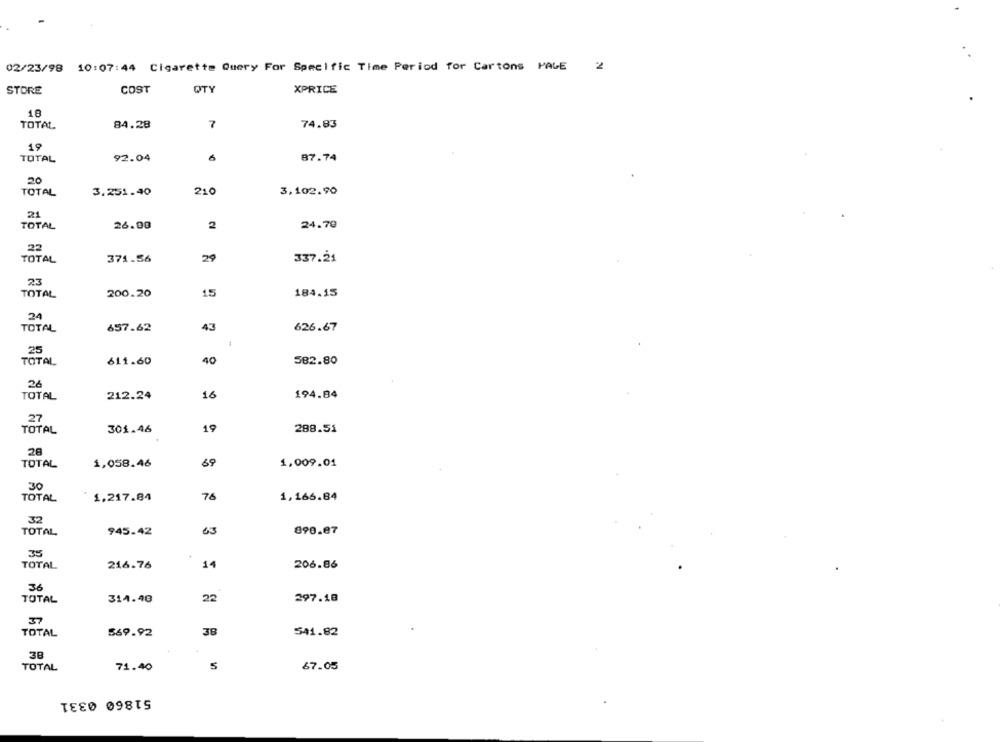
02/23/98 10:07:44 Cigarette Query For Specific Time Period for Cartons PALE 2
STORE
COST
QTY
XPRICE
18
TOTAL
84.28
7
74.83
19
TOTAL
92.04
6
87.74
20
TOTAL
3.251.40
210
3.102.90
21
TOTAL
26.00
2
24.70
22
TOTAL
371.56
29
337.21
23
TOTAL
200.20
15
184.15
24
43
TOTAL
657.62
626.67
25
TOTAL
611.60
40
582.80
26
16
TOTAL
212.24
194.84
27
TOTAL
301.46
19
288.51
28
TOTAL
1.058.46
69
1.009.01
30
1.217.84
76
1,166.84
TOTAL
32
TOTAL
945.42
63
890.87
35
TOTAL
216.76
14
206.86
36
TOTAL
314.48
22
297.18
37
38
541.82
TOTAL
569.92
38
TOTAL
71.40
67.05
51860 0331